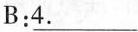
B:\underline{4.}___